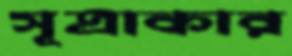
সূত্রাকার